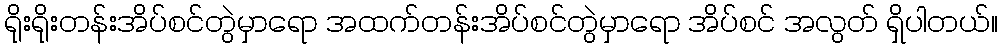
ရိုးရိုးတန်းအိပ်စင်တွဲမှာရော အထက်တန်းအိပ်စင်တွဲမှာရော အိပ်စင် အလွတ် ရှိပါတယ်။